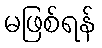
မဖြစ်ရန်